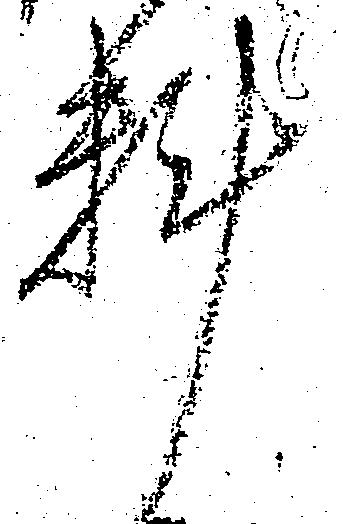
料